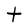
Character: t